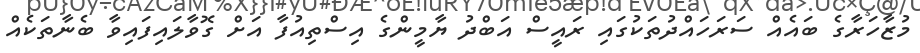
މުޒާހަރާގެ ބައެއް ސަރަހައްދުތަކުގައި ރައީސް އަބްދު ޔާމީންގެ އިސްތިއުފާ އަށް ގޮވާލައިފައިވާ ބެނާތަކެއް